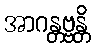
အာဂန္တဗ္ဗန္တိ